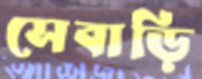
সেবাড়ি